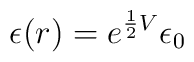
\epsilon (r)=e^{{\frac{1}{2}}V}\epsilon _{0}